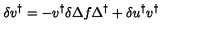
\delta v ^ { \dagger } = - v ^ { \dagger } \delta \Delta f \Delta ^ { \dagger } + \delta u ^ { \dagger } v ^ { \dagger }